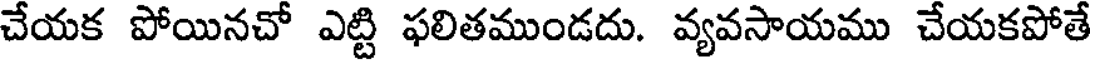
చేయక పోయినచో ఎట్టి ఫలితముండదు. వ్యవసాయము చేయకపోతే